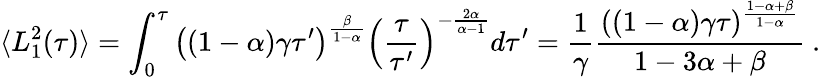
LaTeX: \langle L_{1}^{2}(\tau)\rangle=\int_{0}^{\tau}\left((1-\alpha)\gamma\tau^{\prime}\right)^{\frac{\beta}{1-\alpha}}\left(\frac{\tau}{\tau^{\prime}}\right)^{-\frac{2\alpha}{\alpha-1}}d\tau^{\prime}=\frac{1}{\gamma}\frac{((1-\alpha)\gamma\tau)^{\frac{1-\alpha+\beta}{1-\alpha}}}{1-3\alpha+\beta}\ .